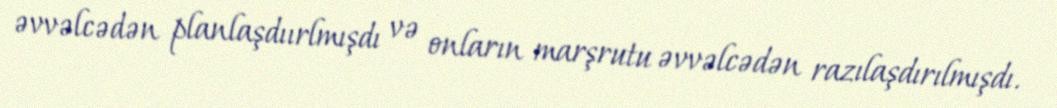
əvvəlcədən planlaşdıırlmışdı və onların marşrutu əvvəlcədən razılaşdırılmışdı.